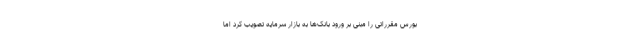
بورس مقرراتی را مبنی بر ورود بانک‌ها به بازار سرمایه تصویب کرد اما